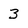
Character: 3